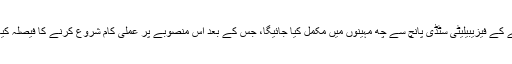
منصوبے کے فیزیبیلیٹی سٹڈی پانچ سے چھ مہینوں میں مکمل کیا جائیگا، جس کے بعد اس منصوبے پر عملی کام شروع کرنے کا فیصلہ کیا جائیگا۔